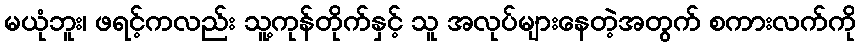
မယုံဘူး၊ ဖရင့်ကလည်း သူ့ကုန်တိုက်နှင့် သူ အလုပ်များနေတဲ့အတွက် စကားလက်ကို